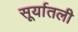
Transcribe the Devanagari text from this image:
सूर्यातली